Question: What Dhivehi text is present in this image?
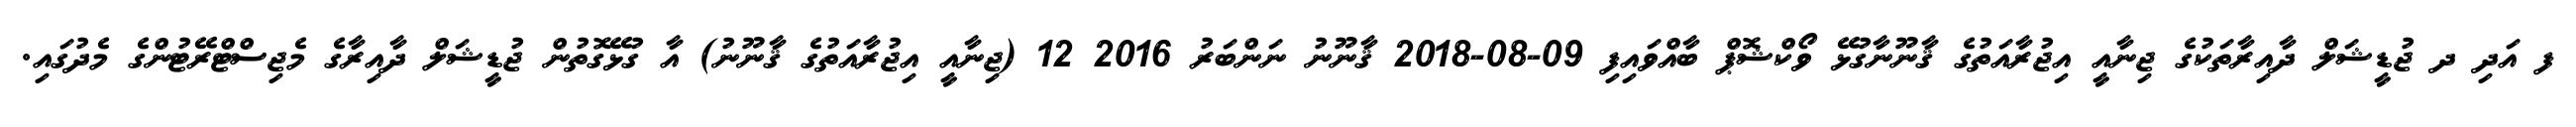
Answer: ފ އަދި ދ ޖުޑީޝަލް ދާއިރާތަކުގެ ޖިނާއީ އިޖުރާއަތުގެ ޤާނޫނާގުޅޭ ވޯކްޝޮޕް ބާއްވައިފި 09-08-2018 ޤާނޫނު ނަންބަރު 2016 12 (ޖިނާއީ އިޖުރާއަތުގެ ޤާނޫނު) އާ ގުޅޭގޮތުން ޖުޑީޝަލް ދާއިރާގެ މެޖިސްޓްރޭޓުންގެ މެދުގައި.